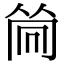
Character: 𠕞